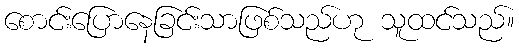
စောင်းပြောနေခြင်းသာဖြစ်သည်ဟု သူထင်သည်။